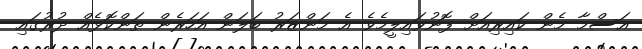
އަސްމާ މެން ކައިރިއަށް ފޮނުވައިލީމެވެ އެ މަންޒަރު ބަލަން އަހަރެން ތަންކޮޅެއް ދުރުގައި